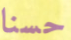
حسنا